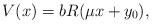
LaTeX: \begin{align*}V(x) = b R(\mu x + y_0),\end{align*}